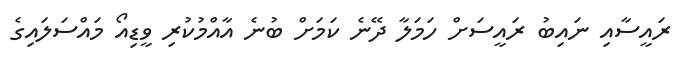
ރައީސާއި ނައިބު ރައީސަށް ހަމަލާ ދޭނެ ކަމަށް ބުނެ އާއްމުކުރި ވީޑިއޯ މައްސަލައިގެ